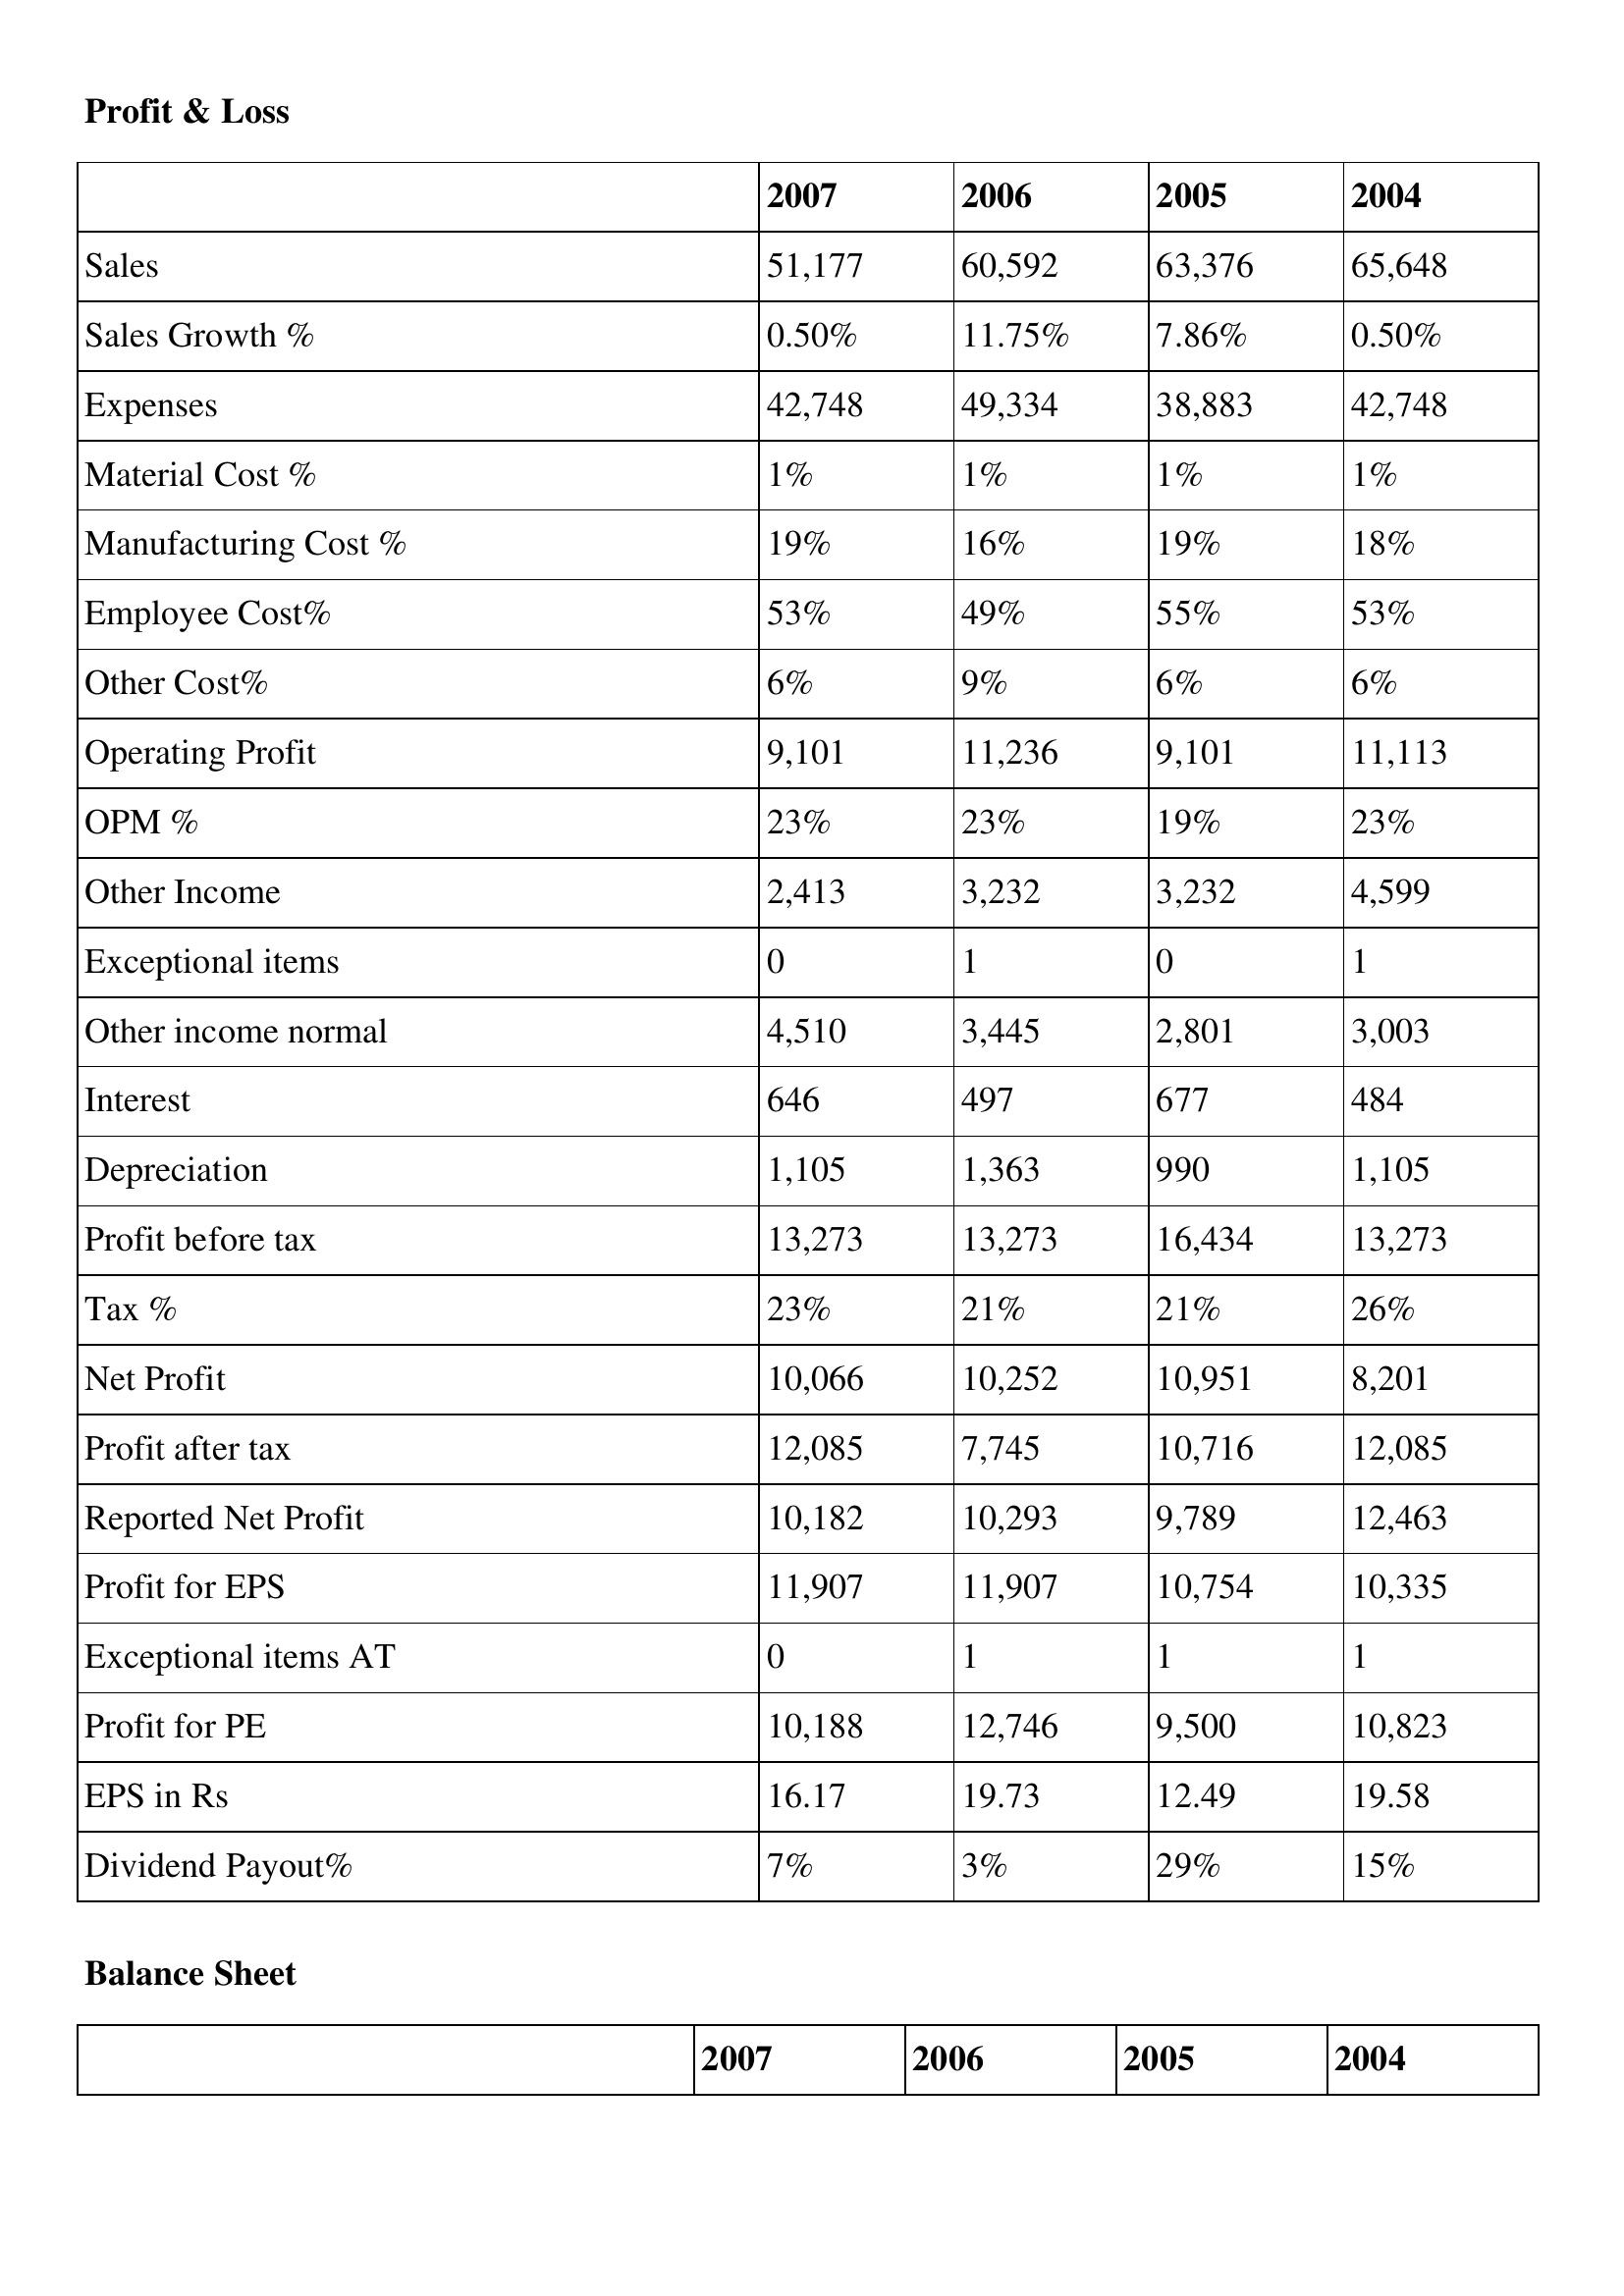
gt_parse: 2007: Profit & Loss: Sales: 51,177
Sales Growth %: 0.50%
Expenses: 42,748
Material Cost %: 1%
Manufacturing Cost %: 19%
Employee Cost%: 53%
Other Cost%: 6%
Operating Profit: 9,101
OPM %: 23%
Other Income: 2,413
Exceptional items: 0
Other income normal: 4,510
Interest: 646
Depreciation: 1,105
Profit before tax: 13,273
Tax %: 23%
Net Profit: 10,066
Profit after tax: 12,085
Reported Net Profit: 10,182
Profit for EPS: 11,907
Exceptional items AT: 0
Profit for PE: 10,188
EPS in Rs: 16.17
Dividend Payout%: 7%
2006: Profit & Loss: Sales: 60,592
Sales Growth %: 11.75%
Expenses: 49,334
Material Cost %: 1%
Manufacturing Cost %: 16%
Employee Cost%: 49%
Other Cost%: 9%
Operating Profit: 11,236
OPM %: 23%
Other Income: 3,232
Exceptional items: 1
Other income normal: 3,445
Interest: 497
Depreciation: 1,363
Profit before tax: 13,273
Tax %: 21%
Net Profit: 10,252
Profit after tax: 7,745
Reported Net Profit: 10,293
Profit for EPS: 11,907
Exceptional items AT: 1
Profit for PE: 12,746
EPS in Rs: 19.73
Dividend Payout%: 3%
2005: Profit & Loss: Sales: 63,376
Sales Growth %: 7.86%
Expenses: 38,883
Material Cost %: 1%
Manufacturing Cost %: 19%
Employee Cost%: 55%
Other Cost%: 6%
Operating Profit: 9,101
OPM %: 19%
Other Income: 3,232
Exceptional items: 0
Other income normal: 2,801
Interest: 677
Depreciation: 990
Profit before tax: 16,434
Tax %: 21%
Net Profit: 10,951
Profit after tax: 10,716
Reported Net Profit: 9,789
Profit for EPS: 10,754
Exceptional items AT: 1
Profit for PE: 9,500
EPS in Rs: 12.49
Dividend Payout%: 29%
2004: Profit & Loss: Sales: 65,648
Sales Growth %: 0.50%
Expenses: 42,748
Material Cost %: 1%
Manufacturing Cost %: 18%
Employee Cost%: 53%
Other Cost%: 6%
Operating Profit: 11,113
OPM %: 23%
Other Income: 4,599
Exceptional items: 1
Other income normal: 3,003
Interest: 484
Depreciation: 1,105
Profit before tax: 13,273
Tax %: 26%
Net Profit: 8,201
Profit after tax: 12,085
Reported Net Profit: 12,463
Profit for EPS: 10,335
Exceptional items AT: 1
Profit for PE: 10,823
EPS in Rs: 19.58
Dividend Payout%: 15%